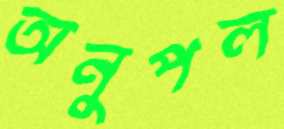
অনুপল